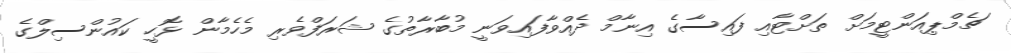
ޗެމްޕިއަންޓީމަށް ތަށްޓާއި ފައިސާގެ އިނާމް ދެއްވާފައިވަނީ މުބާރާތުގެ ޝަރަފްވެރި މެހެމާން ޅޮހީ ކައުންސިލްގެ